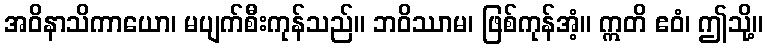
အဝိနာသိကာယော၊ မပျက်စီးကုန်သည်။ ဘဝိဿာမ၊ ဖြစ်ကုန်အံ့။ ဣတိ ဧဝံ၊ ဤသို့။